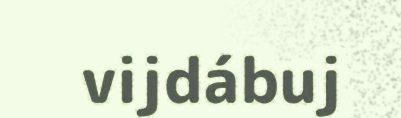
vijdábuj